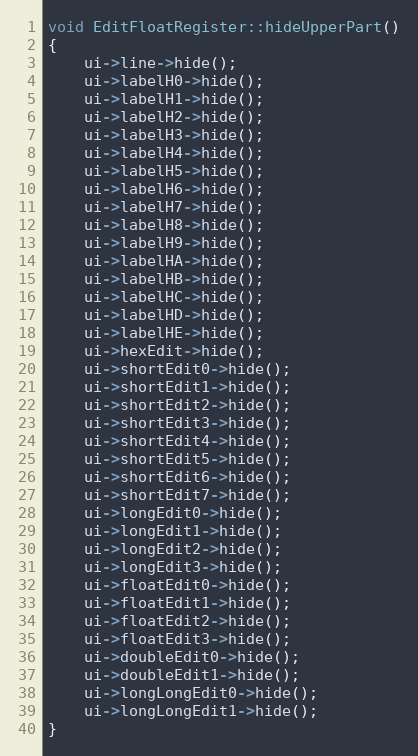
Language: C++
void EditFloatRegister::hideUpperPart()
{
    ui->line->hide();
    ui->labelH0->hide();
    ui->labelH1->hide();
    ui->labelH2->hide();
    ui->labelH3->hide();
    ui->labelH4->hide();
    ui->labelH5->hide();
    ui->labelH6->hide();
    ui->labelH7->hide();
    ui->labelH8->hide();
    ui->labelH9->hide();
    ui->labelHA->hide();
    ui->labelHB->hide();
    ui->labelHC->hide();
    ui->labelHD->hide();
    ui->labelHE->hide();
    ui->hexEdit->hide();
    ui->shortEdit0->hide();
    ui->shortEdit1->hide();
    ui->shortEdit2->hide();
    ui->shortEdit3->hide();
    ui->shortEdit4->hide();
    ui->shortEdit5->hide();
    ui->shortEdit6->hide();
    ui->shortEdit7->hide();
    ui->longEdit0->hide();
    ui->longEdit1->hide();
    ui->longEdit2->hide();
    ui->longEdit3->hide();
    ui->floatEdit0->hide();
    ui->floatEdit1->hide();
    ui->floatEdit2->hide();
    ui->floatEdit3->hide();
    ui->doubleEdit0->hide();
    ui->doubleEdit1->hide();
    ui->longLongEdit0->hide();
    ui->longLongEdit1->hide();
}